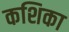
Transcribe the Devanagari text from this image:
कशिका